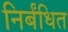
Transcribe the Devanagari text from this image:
निर्बंधित